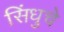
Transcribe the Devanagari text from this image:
सिंधुचे